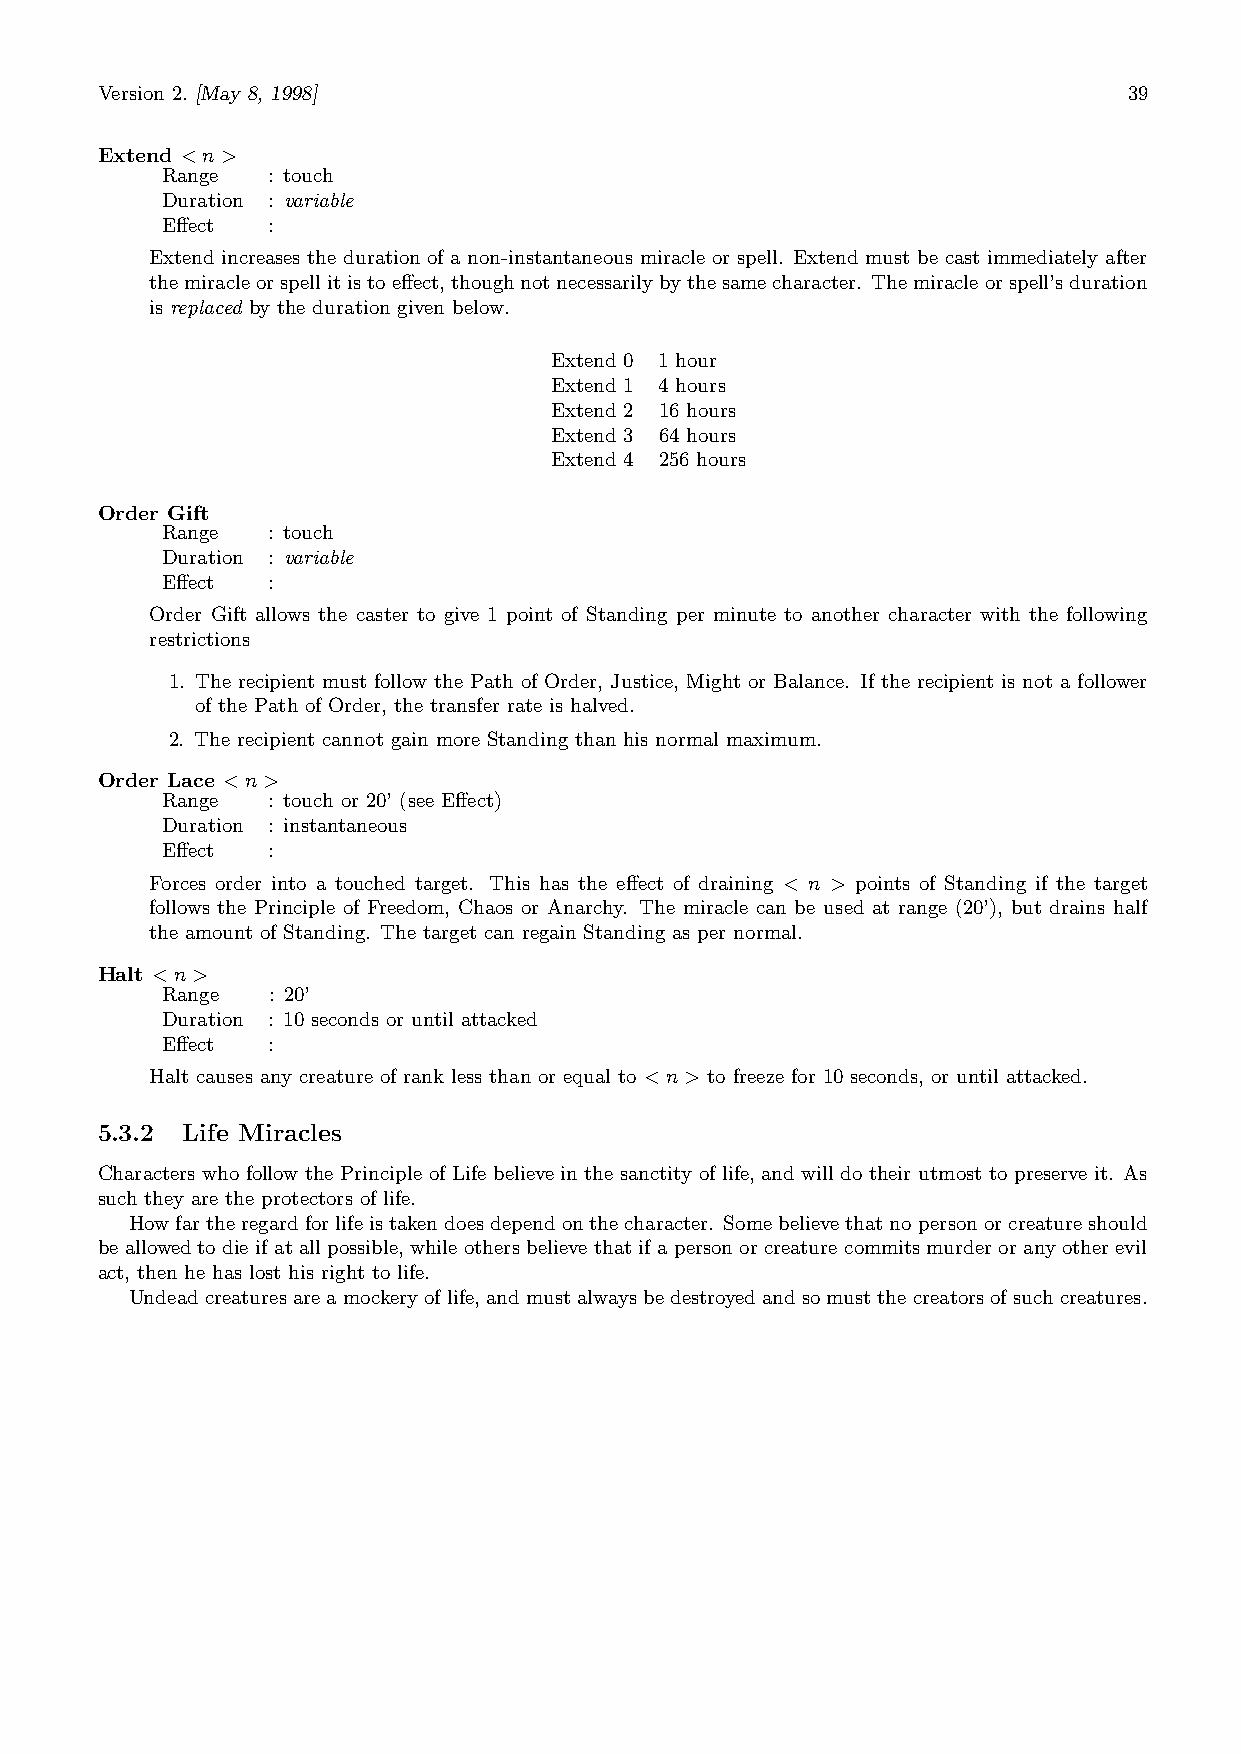
Version 2. [May 8, 1998]                                             39
 Extend <n>
 Range  : touch
 Duration : variable
 Effect :
 Extend increases the duration of a non-instantaneous miracle or spell. Extend must be cast immediately after
 themiracleorspellitistoeffect,thoughnotnecessarilybythesamecharacter. Themiracleorspell’sduration
 is replaced by the duration given below.
 Extend 0 1 hour
 Extend 1 4 hours
 Extend 2 16 hours
 Extend 3 64 hours
 Extend 4 256 hours
 Order Gift
 Range  : touch
 Duration : variable
 Effect :
 Order Gift allows the caster to give 1 point of Standing per minute to another character with the following
 restrictions
 1. The recipient must follow the Path of Order, Justice, Might or Balance. If the recipient is not a follower
 of the Path of Order, the transfer rate is halved.
 2. The recipient cannot gain more Standing than his normal maximum.
 Order Lace <n>
 Range  : touch or 20’ (see Effect)
 Duration : instantaneous
 Effect :
 Forces order into a touched target. This has the effect of draining < n > points of Standing if the target
 follows the Principle of Freedom, Chaos or Anarchy. The miracle can be used at range (20’), but drains half
 the amount of Standing. The target can regain Standing as per normal.
 Halt <n>
 Range  : 20’
 Duration : 10 seconds or until attacked
 Effect :
 Halt causes any creature of rank less than or equal to <n> to freeze for 10 seconds, or until attacked.
 5.3.2 Life Miracles
 Characters who follow the Principle of Life believe in the sanctity of life, and will do their utmost to preserve it. As
 such they are the protectors of life.
 Howfartheregardforlifeistakendoesdependonthecharacter. Somebelievethatnopersonorcreatureshould
 be allowed to die if at all possible, while others believe that if a person or creature commits murder or any other evil
 act, then he has lost his right to life.
 Undeadcreaturesareamockeryoflife, andmustalwaysbedestroyedandsomustthecreatorsofsuchcreatures.